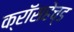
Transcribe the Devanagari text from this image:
क्रॉसहेच्ड